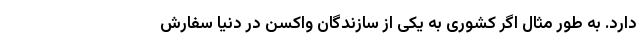
دارد. به طور مثال اگر کشوری به یکی از سازندگان واکسن در دنیا سفارش